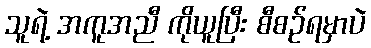
သူရဲ့ အကူအညီ ကိုယူပြီး စီစဉ်ရမှာပဲ